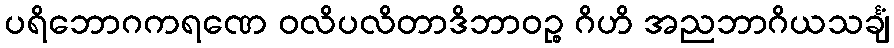
ပရိဘောဂကရဏေ ဝလိပလိတာဒိဘာဝဉ္စ ဂိဟိ အညဘာဂိယသင်္ချံ